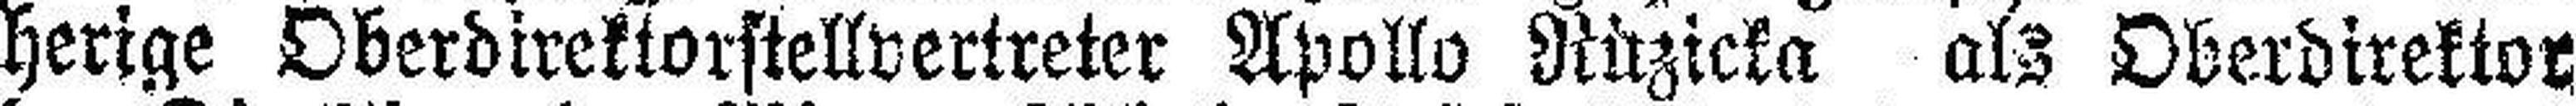
herige Oberdirektorstellvertreter Apollo Rüzicka als Oberdirektor